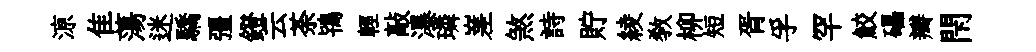
鿌隹蕩迷驕彊鐙云荼鴇輕敲瀑璘嵳煞詩貯綾教柳短胥孚罕鮫礧瓣閇